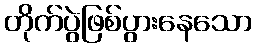
တိုက်ပွဲဖြစ်ပွားနေသော